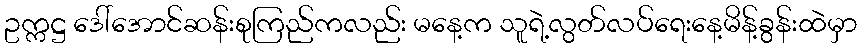
ဥက္ကဋ္ဌ ဒေါ်အောင်ဆန်းစုကြည်ကလည်း မနေ့က သူရဲ့လွတ်လပ်ရေးနေ့မိန့်ခွန်းထဲမှာ